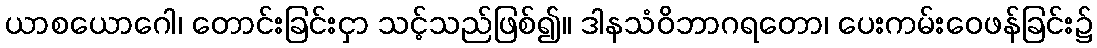
ယာစယောဂေါ၊ တောင်းခြင်းငှာ သင့်သည်ဖြစ်၍။ ဒါနသံဝိဘာဂရတော၊ ပေးကမ်းဝေဖန်ခြင်း၌